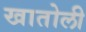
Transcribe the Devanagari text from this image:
खातोली